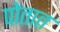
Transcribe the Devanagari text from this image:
पोतात